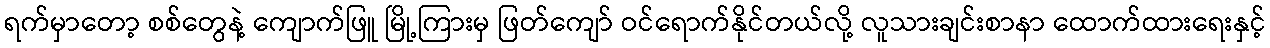
ရက်မှာတော့ စစ်တွေနဲ့ ကျောက်ဖြူ မြို့ကြားမှ ဖြတ်ကျော် ဝင်ရောက်နိုင်တယ်လို့ လူသားချင်းစာနာ ထောက်ထားရေးနှင့်